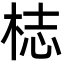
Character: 梽